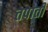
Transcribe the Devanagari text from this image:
तपाती